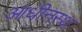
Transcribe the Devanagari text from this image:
आधीनस्थ